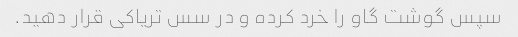
سپس گوشت گاو را خرد کرده و در سس تریاکی قرار دهید.